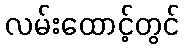
လမ်းထောင့်တွင်